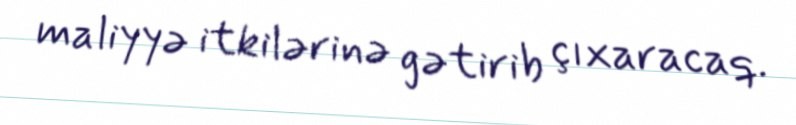
maliyyə itkilərinə gətirib çıxaracaq.